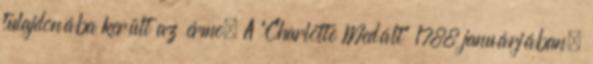
tulajdonába került az érme. A “Charlotte Medált” 1788 januárjában,